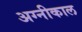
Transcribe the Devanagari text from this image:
अग्नीकाल